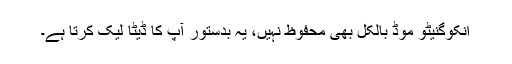
انکوگنیٹو موڈ بالکل بھی محفوظ نہیں، یہ بدستور آپ کا ڈیٹا لیک کرتا ہے۔